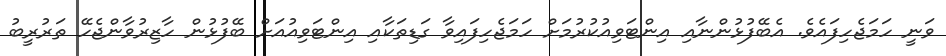
ވަނީ ހަމަޖެހިފައެވެ. އެބޭފުޅުންނާއި އިންޓަވިއުކުރުމަށް ހަމަޖެހިފައިވާ ގަޑިތަކާއި އިންޓަވިއުއަށް ބޭފުޅުން ހާޒިރުވާންޖެހޭ ތަރުރީބު